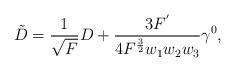
LaTeX: \begin{align*} \tilde{D}=\frac{1}{\sqrt{F}}D+\frac{3F^{'}}{4F^{\frac{3}{2}}w_{1}w_{2}w_{3}}\gamma^{0}, \end{align*}